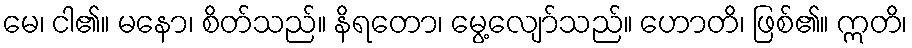
မေ၊ ငါ၏။ မနော၊ စိတ်သည်။ နိရတော၊ မွေ့လျော်သည်။ ဟောတိ၊ ဖြစ်၏။ ဣတိ၊